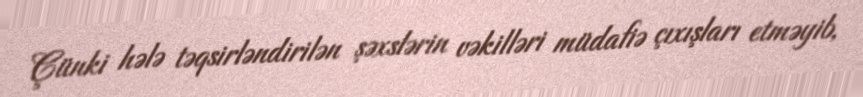
Çünki hələ təqsirləndirilən şəxslərin vəkilləri müdafiə çıxışları etməyib,